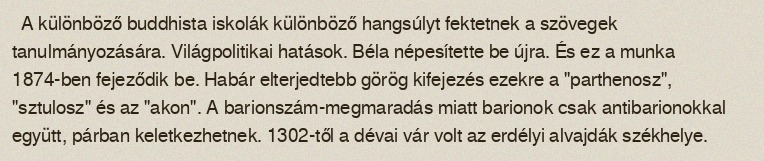
A különböző buddhista iskolák különböző hangsúlyt fektetnek a szövegek tanulmányozására. Világpolitikai hatások. Béla népesítette be újra. És ez a munka 1874-ben fejeződik be. Habár elterjedtebb görög kifejezés ezekre a "parthenosz", "sztulosz" és az "akon". A barionszám-megmaradás miatt barionok csak antibarionokkal együtt, párban keletkezhetnek. 1302-től a dévai vár volt az erdélyi alvajdák székhelye.